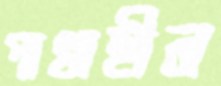
পাখাহীন